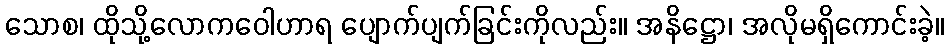
သောစ၊ ထိုသို့လောကဝေါဟာရ ပျောက်ပျက်ခြင်းကိုလည်း။ အနိဋ္ဌော၊ အလိုမရှိကောင်းခဲ့။